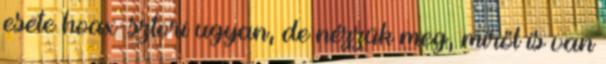
esete hoax-sztori ugyan, de nézzük meg, miről is van